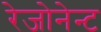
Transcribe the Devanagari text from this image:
रेजोनेन्ट